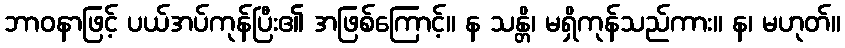
ဘာဝနာဖြင့် ပယ်အပ်ကုန်ပြီး၏ အဖြစ်ကြောင့်။ န သန္တိ၊ မရှိကုန်သည်ကား။ န၊ မဟုတ်။